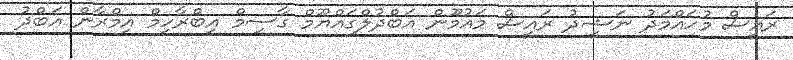
ރައީސް މުހައްމަދު ނަޝީދު ރައީސް މައުމޫން އަބްދުލްގައްޔޫމް ގާސިމް އިބްރާހިމް އިމްރާން އަބްދު